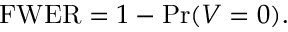
\mathrm { F W E R } = 1 - \operatorname* { P r } ( V = 0 ) .